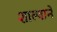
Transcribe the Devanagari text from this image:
शाल्वाने